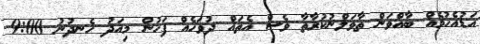
އަޑުއެހުމެއް ބާއްވަން ތާވަލްނުކުރާތާ ވެސް އެތައް ދުވަހެއް ފަހުން މިއަދު ހެނދުނު 9:00